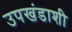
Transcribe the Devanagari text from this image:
उपखंडाशी